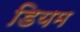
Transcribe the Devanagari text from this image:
डियम